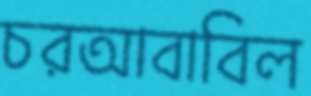
চরআবাবিল